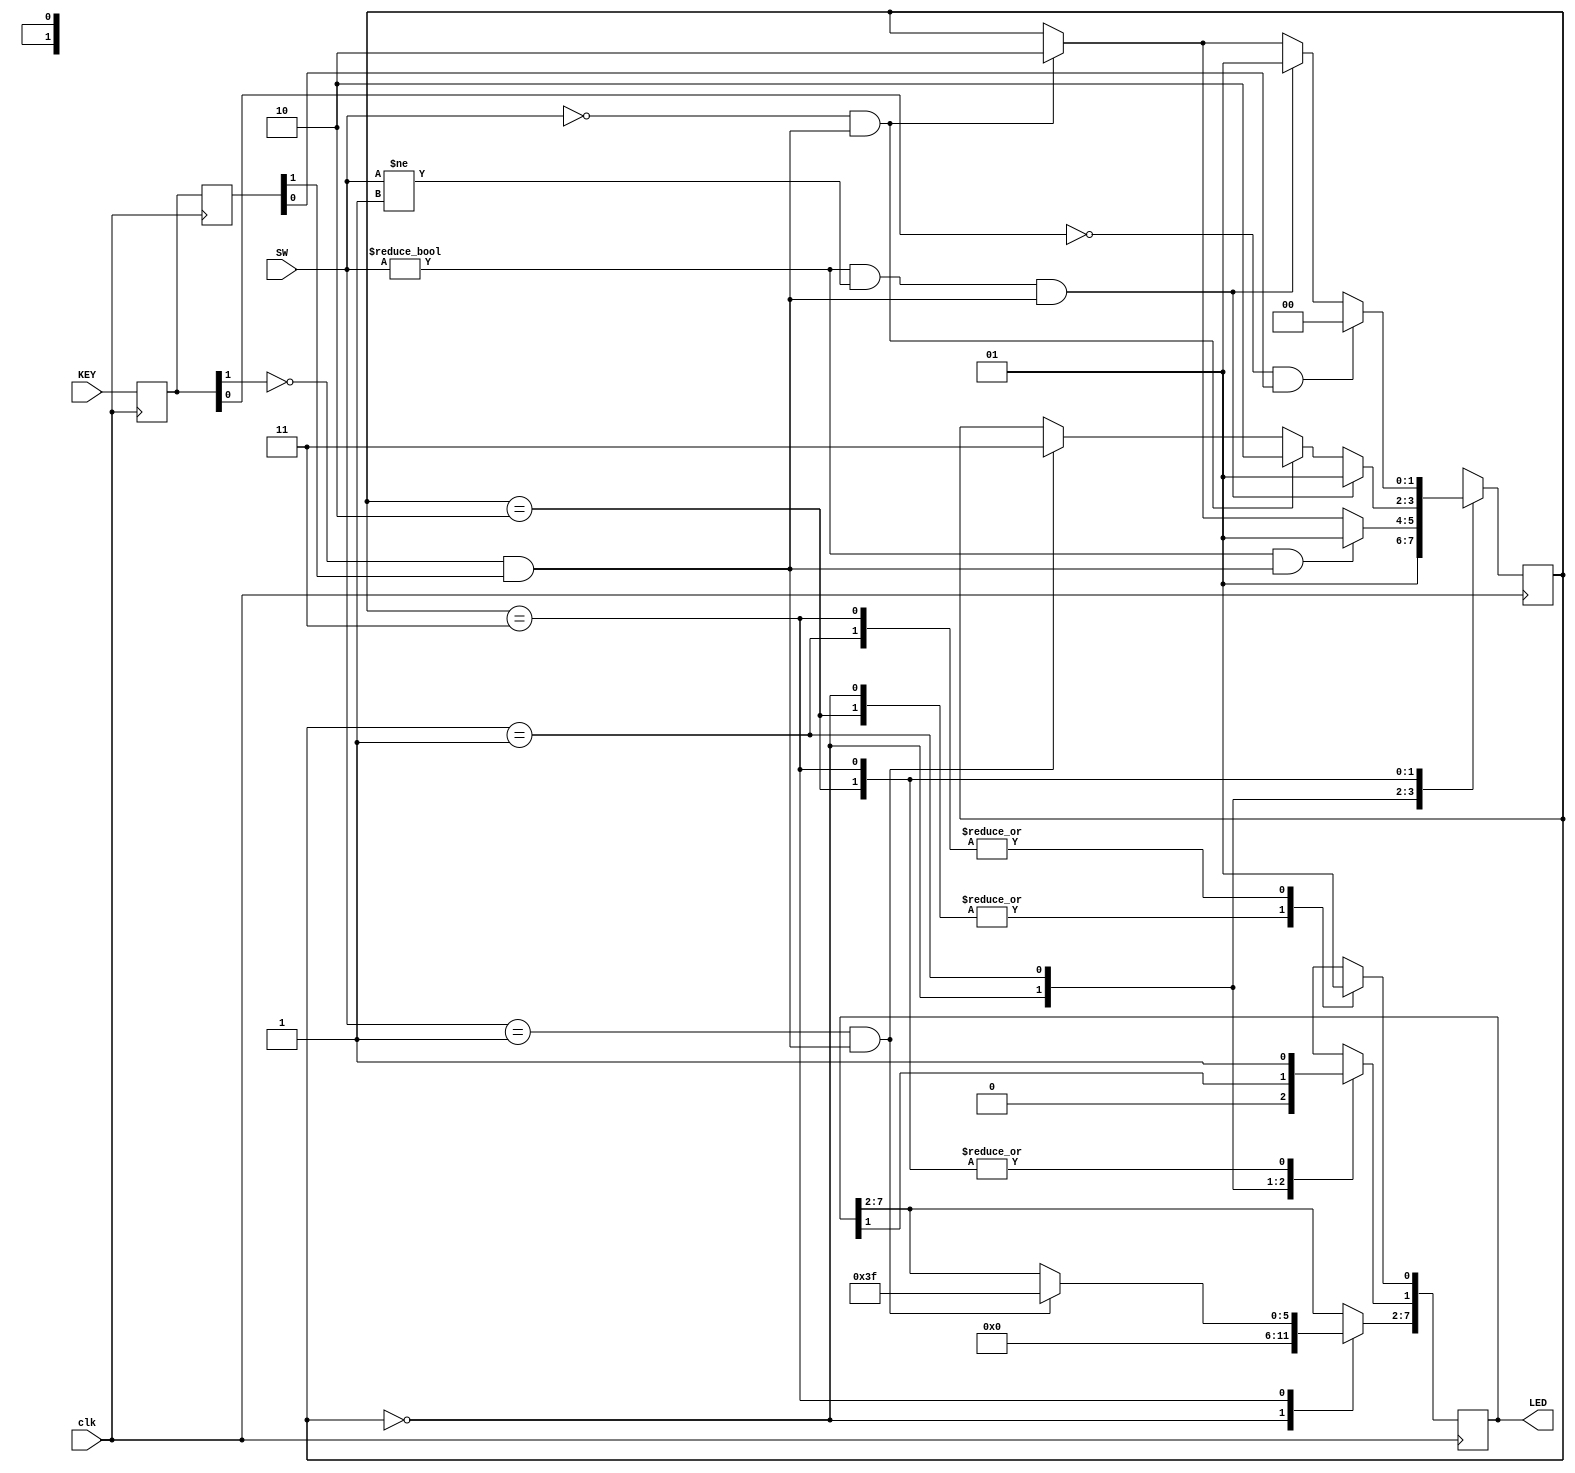
module checker(
input clk,
input [1:0]KEY,
input [3:0] SW,
output reg [7:0] LED);	

	
	reg [1:0] state=0;
	 
    parameter S0 = 2'b00;
    parameter S1 = 2'b01;
    parameter S2 = 2'b10;
    parameter S3 = 2'b11;
	 
	 //buttons
	 reg [1:0] keyreg, keyregpp; 
	 wire flag1trig,flag0trig;
	 assign flag1trig=~keyreg[1] && keyregpp[1];
	 assign flag0trig=~keyreg[0] && keyregpp[0];
	 

    always @ (posedge clk) begin
	 
	 keyreg<=KEY;
	 keyregpp<=keyreg; 
	 
    case (state)
	 
    S0: 	begin
			LED[7:0]<=0;
			state = S1;
			end
			
    S1:  begin
			LED[0]=1;
			if(SW == 0 && flag1trig) state = S2;
			if(SW != 0 && flag1trig) state = S1;
		   end
			
    S2:  begin
			LED[0]=0; LED[1]=1;
			if(SW == 1 && flag1trig) state = S3;
			if(SW == 0 && flag1trig) state = S2;
			if(SW != 0 && SW != 1 && flag1trig) state = S1;
			end
			
    S3:  begin
			LED[0]=1; LED[1]=1;
			if(SW == 1 && flag1trig) LED <= 8'b11111111;
			if(SW == 0 && flag1trig) state = S2;
			if(SW != 0 && SW != 1 && flag1trig) state = S1;
			if (flag0trig) state =S0;
			end
	
    default: state = S0;
    endcase
	 end
	 

endmodule